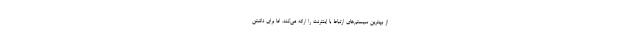
از بهترین سیستم‌های ارتباط با اینترنت را ارائه می‌کند. اما برای داشتن